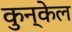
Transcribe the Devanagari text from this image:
कुन्केल